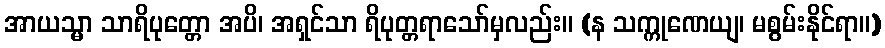
အာယသ္မာ သာရိပုတ္တော အပိ၊ အရှင်သာ ရိပုတ္တရာသော်မှလည်း။ (န သက္ကုဏေယျ၊ မစွမ်းနိုင်ရာ။)